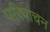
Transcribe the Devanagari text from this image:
परिपाचन